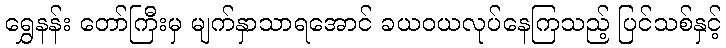
ရွှေနန်း တော်ကြီးမှ မျက်နှာသာရအောင် ခယဝယလုပ်နေကြသည့် ပြင်သစ်နှင့်